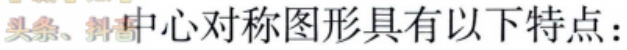
中心对称图形具有以下特点：